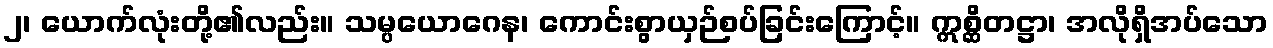
၂၊ ယောက်လုံးတို့၏လည်း။ သမ္ပယောဂေန၊ ကောင်းစွာယှဉ်စပ်ခြင်းကြောင့်။ ဣစ္ဆိတဋ္ဌာ၊ အလိုရှိအပ်သော